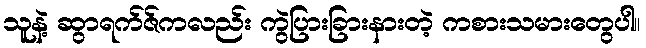
သူနဲ့ ဆွာရက်ဇ်ကလည်း ကွဲပြားခြားနားတဲ့ ကစားသမားတွေပါ။